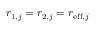
r _ { 1 , j } = r _ { 2 , j } = r _ { \mathrm { e f f } , j }